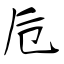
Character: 卮